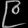
Digit: ၉